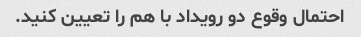
احتمال وقوع دو رویداد با هم را تعیین کنید.